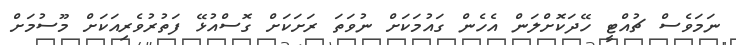
ނަމަވެސް ޗުއްޓީ ހޭދަކޮށްލަން އެހެން ގައުމަކަށް ނުވަތަ ރަށަކަށް ގޮސްއުޅޭ ފަތުރުވެރިއަކަށް މޫސުމަށް